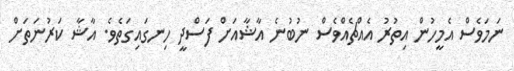
ނަމަވެސް އެމީހުން އިތުރު އެއްޗެއްވެސް ނުބުނެ އާޝާއަށް ފަސްދީ ހިނގައިގަތެވެ. އާޝާ ކަރުނަތަށް